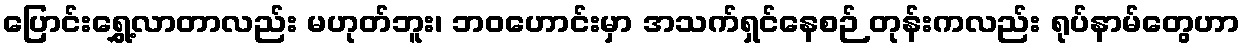
ပြောင်းရွှေ့လာတာလည်း မဟုတ်ဘူး၊ ဘဝဟောင်းမှာ အသက်ရှင်နေစဉ် တုန်းကလည်း ရုပ်နာမ်တွေဟာ